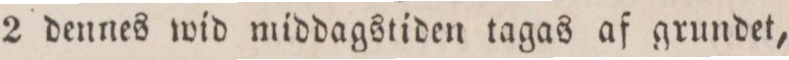
2 dennes wid middagstiden tagas af grundet,